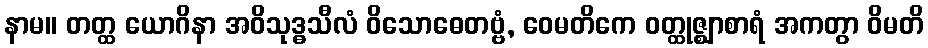
နာမ။ တတ္ထ ယောဂိနာ အဝိသုဒ္ဓသီလံ ဝိသောဓေတဗ္ဗံ, ဝေမတိကေ ဝတ္ထုဇ္ဈာစာရံ အကတွာ ဝိမတိ